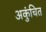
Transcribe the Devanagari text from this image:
अकुंचित